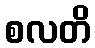
စလတိ